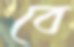
বে